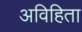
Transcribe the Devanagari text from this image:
अविहिता